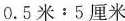
$$0.5米﹔5厘米$$